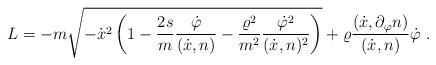
LaTeX: \begin{align*}L=-m\sqrt{-\dot{x}^2\left (1-\frac{2s}{m}\frac{\dot{\varphi}}{(\dot{x},n)}-\frac{\varrho^2}{m^2}\frac{\dot{\varphi}^2}{(\dot{x},n)^2}\right )}+\varrho\frac{(\dot{x},\partial_\varphi n)}{(\dot{x},n)}\dot{\varphi}\ .\end{align*}